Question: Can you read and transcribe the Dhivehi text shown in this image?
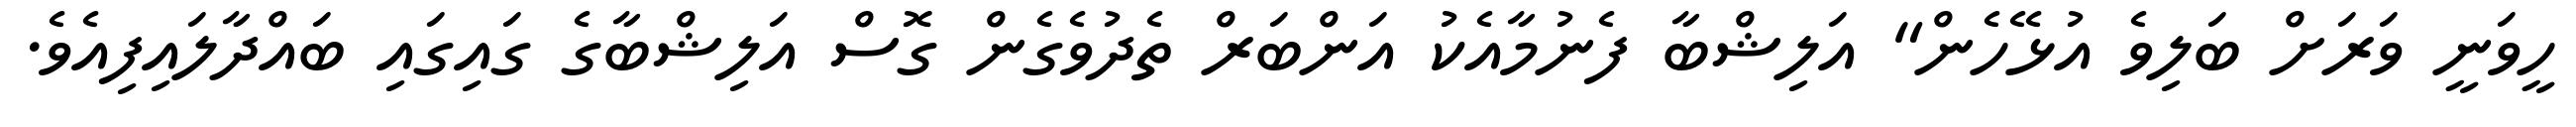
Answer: ހީވަނީ ވަރަށް ބަލިވެ އުޅޭހެން" އަލިޝްބާ ފެނުމާއެކު އަންބަރް ތެދުވެގެން ގޮސް އަލިޝްބާގެ ގައިގައި ބައްދާލައިފިއެވެ.